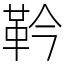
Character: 靲